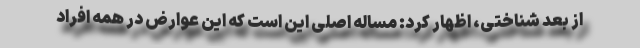
از بعد شناختی، اظهار کرد: مساله اصلی این است که این عوارض در همه افراد